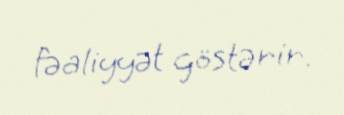
fəaliyyət göstərir.